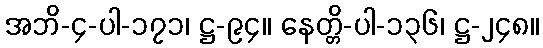
အဘိ-၄-ပါ-၁၇၁၊ ဋ္ဌ-၉၄။ နေတ္တိ-ပါ-၁၃၆၊ ဋ္ဌ-၂၄၈။